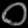
Digit: ၀